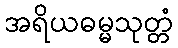
အရိယဓမ္မသုတ္တံ